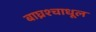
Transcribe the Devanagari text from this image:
बाघ्रश्चाधूल